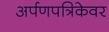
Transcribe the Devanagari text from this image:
अर्पणपत्रिकेवर